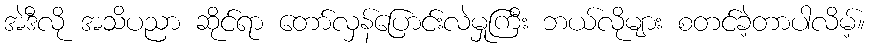
အဲဒီလို အသိပညာ ဆိုင်ရာ တော်လှန်ပြောင်းလဲမှုကြီး ဘယ်လိုများ စတင်ခဲ့တာပါလိမ့်။